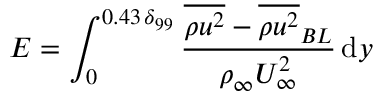
E = \int _ { 0 } ^ { 0 . 4 3 \, \delta _ { 9 9 } } \frac { \overline { { \rho u ^ { 2 } } } - \overline { { \rho u ^ { 2 } } } _ { B L } } { \rho _ { \infty } U _ { \infty } ^ { 2 } } \, \mathrm { d } y